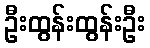
ဦးထွန်းထွန်းဦး